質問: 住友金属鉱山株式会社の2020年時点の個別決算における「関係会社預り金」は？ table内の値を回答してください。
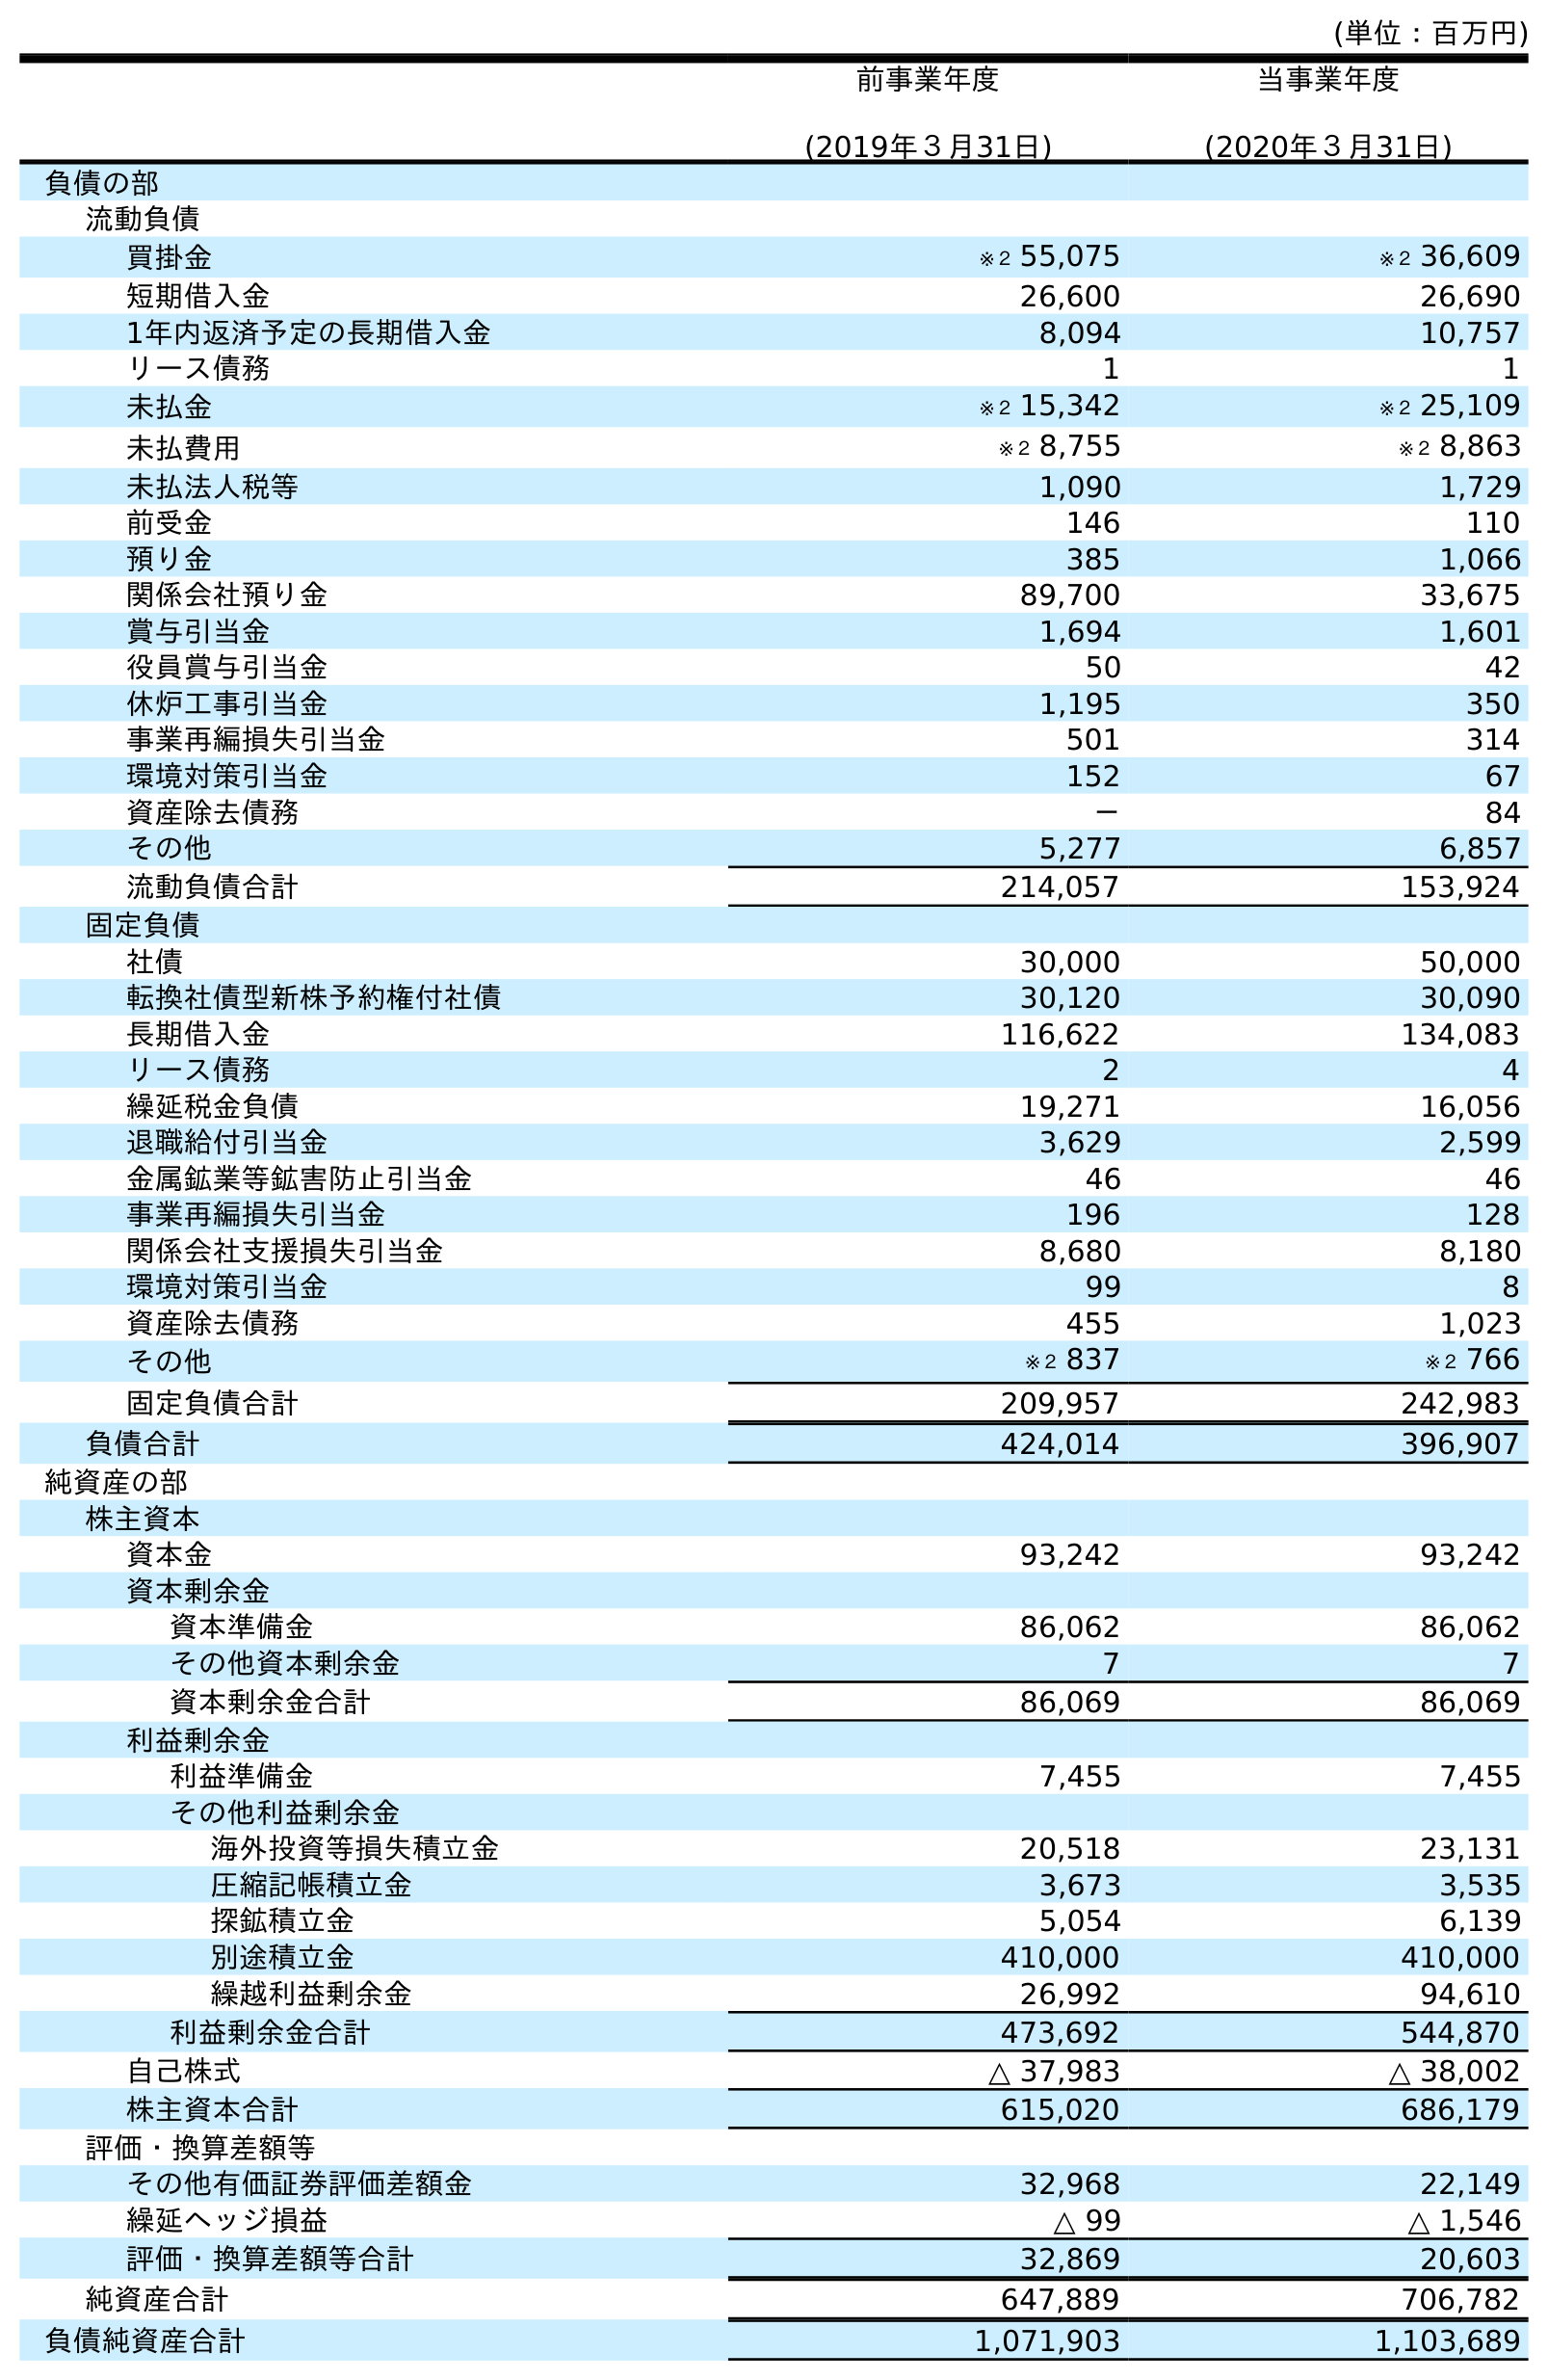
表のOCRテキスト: (単位：百万円) 前事業年度 (2019年３月31日) 当事業年度 (2020年３月31日) 負債の部 流動負債 買掛金 ※２ 55,075 ※２ 36,609 短期借入金 26,600 26,690 1年内返済予定の長期借入金 8,094 10,757 リース債務 1 1 未払金 ※２ 15,342 ※２ 25,109 未払費用 ※２ 8,755 ※２ 8,863 未払法人税等 1,090 1,729 前受金 146 110 預り金 385 1,066 関係会社預り金 89,700 33,675 賞与引当金 1,694 1,601 役員賞与引当金 50 42 休炉工事引当金 1,195 350 事業再編損失引当金 501 314 環境対策引当金 152 67 資産除去債務 － 84 その他 5,277 6,857 流動負債合計 214,057 153,924 固定負債 社債 30,000 50,000 転換社債型新株予約権付社債 30,120 30,090 長期借入金 116,622 134,083 リース債務 2 4 繰延税金負債 19,271 16,056 退職給付引当金 3,629 2,599 金属鉱業等鉱害防止引当金 46 46 事業再編損失引当金 196 128 関係会社支援損失引当金 8,680 8,180 環境対策引当金 99 8 資産除去債務 455 1,023 その他 ※２ 837 ※２ 766 固定負債合計 209,957 242,983 負債合計 424,014 396,907 純資産の部 株主資本 資本金 93,242 93,242 資本剰余金 資本準備金 86,062 86,062 その他資本剰余金 7 7 資本剰余金合計 86,069 86,069 利益剰余金 利益準備金 7,455 7,455 その他利益剰余金 海外投資等損失積立金 20,518 23,131 圧縮記帳積立金 3,673 3,535 探鉱積立金 5,054 6,139 別途積立金 410,000 410,000 繰越利益剰余金 26,992 94,610 利益剰余金合計 473,692 544,870 自己株式 △ 37,983 △ 38,002 株主資本合計 615,020 686,179 評価・換算差額等 その他有価証券評価差額金 32,968 22,149 繰延ヘッジ損益 △ 99 △ 1,546 評価・換算差額等合計 32,869 20,603 純資産合計 647,889 706,782 負債純資産合計 1,071,903 1,103,689
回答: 33,675